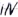
Text: IN